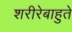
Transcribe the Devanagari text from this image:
शरीरेबाहुते